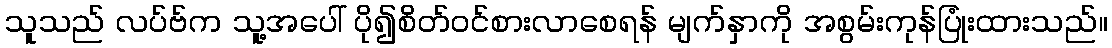
သူသည် လပ်ဗ်က သူ့အပေါ် ပို၍စိတ်ဝင်စားလာစေရန် မျက်နှာကို အစွမ်းကုန်ပြုံးထားသည်။